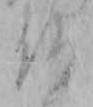
仏